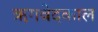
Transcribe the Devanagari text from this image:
ऋगवेदकाल